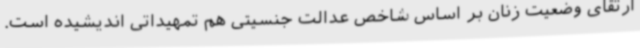
ارتقای وضعیت زنان بر اساس شاخص عدالت جنسیتی هم تمهیداتی اندیشیده است.